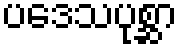
ပဒေသပုစ္ဆာ